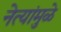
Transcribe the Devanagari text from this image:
नेत्यांमुळे